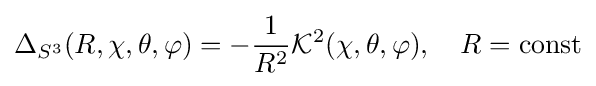
\Delta _{S^{3}}(R,\chi ,\theta ,\varphi )=-{\frac {1}{R^{2}}}{\mathcal {K}}^{2}(\chi ,\theta ,\varphi ),\quad R={\mbox{const}}